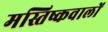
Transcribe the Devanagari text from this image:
मस्तिष्कवालों